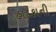
હાડકાની